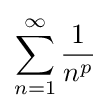
\sum _{n=1}^{\infty }{\frac {1}{n^{p}}}